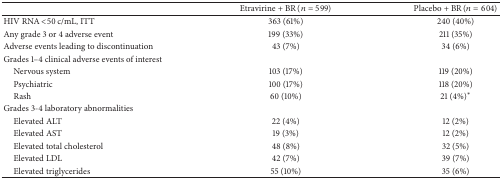
<table><thead><tr><td><b> </b></td><td><b>Etravirine + BR (<i>n</i> = 599)</b></td><td><b>Placebo + BR (<i>n</i> = 604)</b></td></tr></thead><tbody><tr><td>HIV RNA &lt;50 c/mL, ITT</td><td>363 (61%)</td><td>240 (40%)</td></tr><tr><td>Any grade 3 or 4 adverse event</td><td>199 (33%)</td><td>211 (35%)</td></tr><tr><td>Adverse events leading to discontinuation</td><td>43 (7%)</td><td>34 (6%)</td></tr><tr><td>Grades 1–4 clinical adverse events of interest</td><td> </td><td> </td></tr><tr><td> Nervous system</td><td>103 (17%)</td><td>119 (20%)</td></tr><tr><td> Psychiatric</td><td>100 (17%)</td><td>118 (20%)</td></tr><tr><td> Rash</td><td>60 (10%)</td><td>21 (4%)*</td></tr><tr><td>Grades 3-4 laboratory abnormalities</td><td> </td><td> </td></tr><tr><td> Elevated ALT</td><td>22 (4%)</td><td>12 (2%)</td></tr><tr><td> Elevated AST</td><td>19 (3%)</td><td>12 (2%)</td></tr><tr><td> Elevated total cholesterol</td><td>48 (8%)</td><td>32 (5%)</td></tr><tr><td> Elevated LDL</td><td>42 (7%)</td><td>39 (7%)</td></tr><tr><td> Elevated triglycerides</td><td>55 (10%)</td><td>35 (6%)</td></tr></tbody></table>